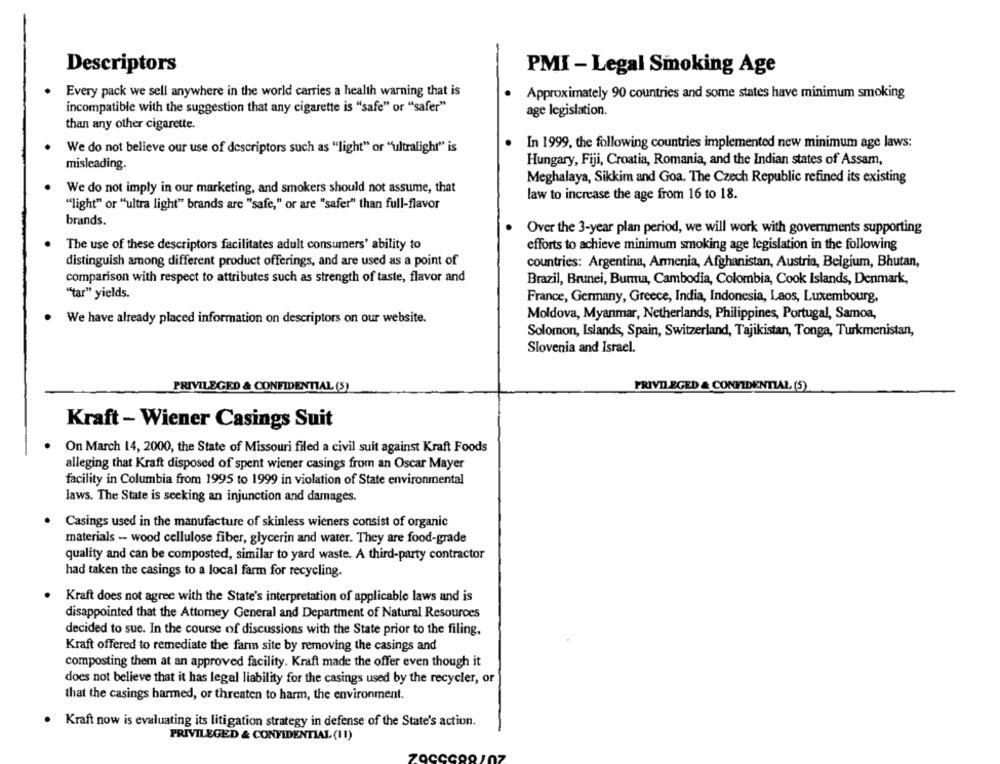
Descriptors
PMI - Legal Smoking Age
Every pack we sell anywhere in the world carries a health warning that is
Approximately 90 countries and some states have minimum smoking
incompatible with the suggestion that any cigarette is "safe" or "safer"
age legislation.
than any other cigarette.
In 1999, the following countries implemented new minimum age laws:
We do not believe our use of descriptors such as "light" or "ultralight" is
misleading.
Hungary, Fiji, Croatia, Romania, and the Indian states of Assam,
Meghalaya, Sikkim and Goa. The Czech Republic refined its existing
We do not imply in our marketing, and smokers should not assume, that
law to increase the age from 16 to 18.
"light" or "ultra light" brands are "safe," or are "safer" than full-flavor
brands.
Over the 3-year plan period, we will work with governments supporting
The use of these descriptors facilitates adult consumers' ability to
efforts to achieve minimum smoking age legislation in the following
distinguish among different product offerings, and are used as a point of
countries: Argentina, Armenia, Afghanistan, Austria, Belgium, Bhutan,
comparison with respect to attributes such as strength of taste, flavor and
Brazil, Brunei, Burma, Cambodia, Colombia, Cook Islands, Denmark,
""tar" yields.
France, Germany, Greece, India, Indonesia, Laos, Luxembourg,
We have already placed information on descriptors on our website.
Moldova, Myanmar, Netherlands, Philippines, Portugal, Samoa,
Solomon, Islands, Spain, Switzerland, Tajikistan, Tonga, Turkmenistan,
Slovenia and Israel.
PRIVILEGED & CONFIDENTIAL (5)
PRIVILEGED & CONFIDENTIAL (5)
Kraft - Wiener Casings Suit
On March 14, 2000, the State of Missouri filed a civil suit against Kraft Foods
alleging that Kraft disposed of spent wiener casings from an Oscar Mayer
facility in Columbia from 1995 to 1999 in violation of State environmental
laws. The State is seeking an injunction and damages.
Casings used in the manufacture of skinless wieners consist of organic
materials -- wood cellulose fiber, glycerin and water. They are food-grade
quality and can be composted, similar to yard waste. A third-party contractor
had taken the casings to a local farm for recycling.
Kraft does not agree with the State's interpretation of applicable laws and is
disappointed that the Attorney General and Department of Natural Resources
decided to sue. In the course of discussions with the State prior to the filing,
Kraft offered to remediate the farm site by removing the casings and
composting them at an approved facility. Kraft made the offer even though it
does not believe that it has legal liability for the casings used by the recycler, or
that the casings harmed, or threaten to harm, the environment.
Kraft now is evaluating its litigation strategy in defense of the State's action.
PRIVILEGED & CONFIDENTIAL (11)